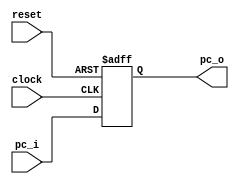
`timescale 1ns / 1ps

module Program_Counter(
          clock,
          reset,
          pc_i,
          pc_o  
    );
    
    input clock, reset;
    input [31:0] pc_i;
    output reg [31:0] pc_o;
    
    always @(posedge clock or negedge reset) begin
        if (!reset)
            pc_o <= 32'd0;
        else  
            pc_o <= pc_i;
    end     
    
endmodule